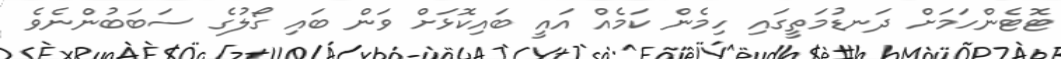
ޓޮޓެންހަމަށް ދަނޑުމަތީގައި ހިމެން ކަމެއް އައީ ބައިކޮޅަށް ވަން ބައި ގޯލުގެ ސަބަބުންނެވެ